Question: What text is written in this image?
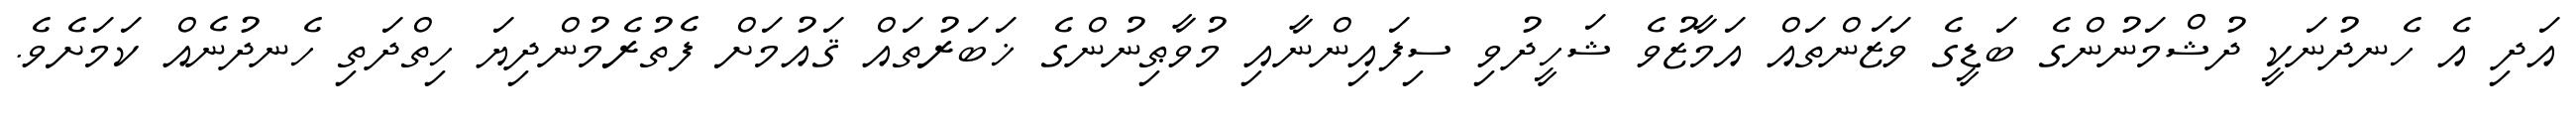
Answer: އަދި އެ ހެނދުނަކީ ދުޝްމަނުންގެ ބަޑީގެ ވަޒަންތައް އަމާޒުވެ ޝަހީދުވި ސިފައިންނާއި މުވާޠިނުންގެ ޚަބަރުތައް ޤައުމަށް ފެތުރެމުންދިޔަ ހިތްދަތި ހެނދުނެއް ކަމަށެވެ.